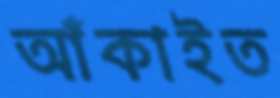
আঁকাইত